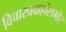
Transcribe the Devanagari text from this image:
विचारप्रवाहांसमोर